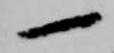
一